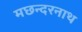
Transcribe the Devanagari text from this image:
मछन्दरनाथ